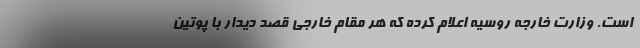
است. وزارت خارجه روسیه اعلام کرده که هر مقام خارجی قصد دیدار با پوتین